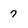
Character: 7